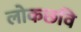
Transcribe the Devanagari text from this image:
लोकछवि